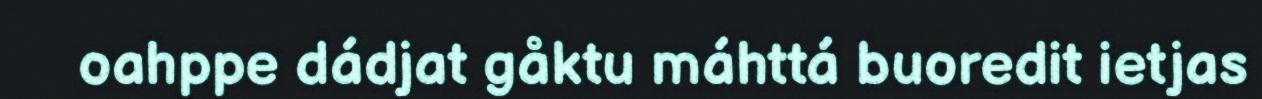
oahppe dádjat gåktu máhttá buoredit ietjas